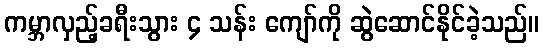
ကမ္ဘာလှည့်ခရီးသွား ၄ သန်း ကျော်ကို ဆွဲဆောင်နိုင်ခဲ့သည်။